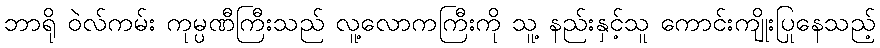
ဘာရို ဝဲလ်ကမ်း ကုမ္ပဏီကြီးသည် လူ့လောကကြီးကို သူ့ နည်းနှင့်သူ ကောင်းကျိုးပြုနေသည့်